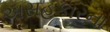
અસહકારના